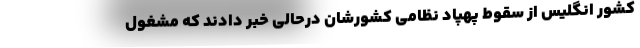
کشور انگلیس از سقوط پهپاد نظامی کشورشان درحالی خبر دادند که مشغول